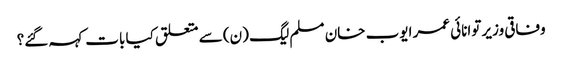
وفاقی وزیر توانائی عمر ایوب خان مسلم لیگ (ن) سے متعلق کیا بات کہہ گئے؟